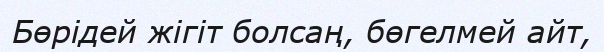
Бөрідей жігіт болсаң, бөгелмей айт,